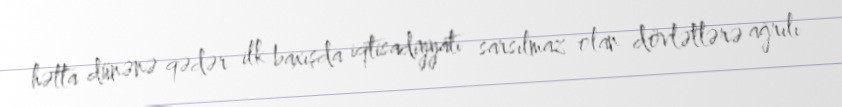
hətta dünənə qədər ilk baxışda iqtisadiyyatı sarsılmaz olan dövlətlərə ağrılı